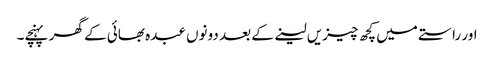
اور راستے میں کچھ چیزیں لینے کے بعد دونوں عبدہ بھائی کے گھر پہنچے۔